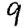
Digit: 9